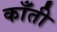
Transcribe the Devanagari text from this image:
काँती